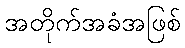
အတိုက်အခံအဖြစ်